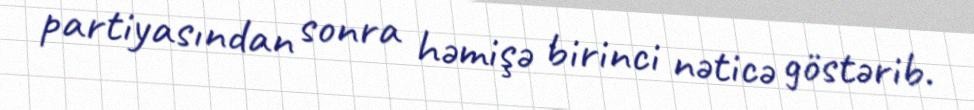
partiyasından sonra həmişə birinci nəticə göstərib.